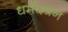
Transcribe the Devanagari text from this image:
धर्मदश्रन